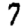
Digit: 7